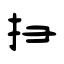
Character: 扫